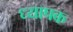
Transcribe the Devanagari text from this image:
ध्यापक